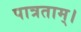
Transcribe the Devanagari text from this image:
पात्रताम्।